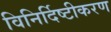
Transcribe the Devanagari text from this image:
विनिर्दिष्टीकरण